Cholera in India, 1862 to 1881
Year: 1862
Disease focus: Cholera
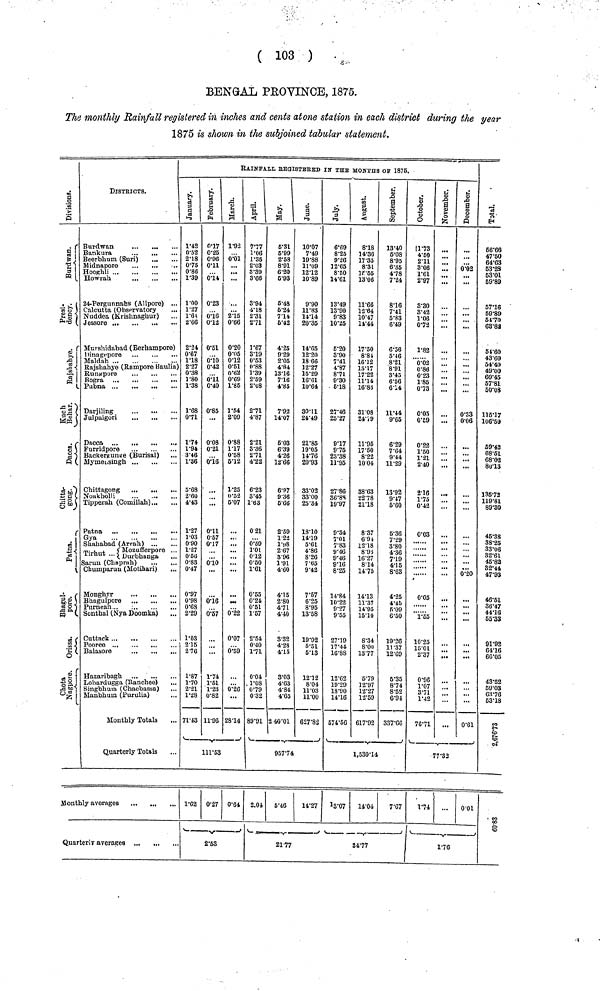
( 103 )
BENGAL PROVINCE, 1875.
The monthly Rainfall registered in inches and cents atone station in each district during the year
1875 is shown in the subjoined tabular statement.
Division.
Burdwan.
Presl. dency.
Rajslmbye.
Kuch Behar.
Dacca.
Chitta. gong.
Patna.
Bhagul. pore.
Orissa.
Chota Nagpore.
DISTRICTS.
Burdwan
Bankura
Beerbhum (Suri)
Midnapore
Hooghli
Howrah
24-Pergunnahs (Alipore) ...
Calcutta (Observatory
Nuddea (Krishnaghur)
Mnrshidabad (Berhampore)
Dinagepore ...
..
Maldah
Rajshahye (Rampore Baulia)
Rungnore
...
...
...
Pubna
Darjiling
Julpaigori
Dacca
Furridpore
Backergunge (Burisal)
Mymeiisingh
Chittagong
Noakholli
Tipperah (Comillah)
Gya
Shahabad (Arrah)
Tirhut
Moznfferpore
Durbhanga
...
Sarun (Chaprah)
Chumparuu (Motihari)
Monghyr
Bhagulpore ...
...
...
Purneah
Sonthal (Nya Doomka)
Cuttack
Pooree ...
Balasore
...
...
...
Hazaribagh
Lohardugga (Ranchee)
Singbhum (Chaebassa)
Manbhum (Purulia)
Monthly Totals
Quarterly Totals
Monthly averages
Quarterly averages ...
January.
1·42
0·52
2·18
0·75
0·86
1·39
1·00
1·27
1·66
2·66
2·24
0·67
1·18
2·27
0·38
1·80
1·38
1·68
0·71
1·74
1·94
3·46
1·86
5·68
2·60
4·43
1·27
1·03
0·90
1·27
0·56
0·83
0·47
0·97
0·98
0·68
2·29
1·03
2·15
1·87
1·70
2·21
1·28
71·43
February.
0·17
0·25
0·96
0·11
0·14
0·23
0·16
0·12
0·51
0·10
0·42
0·11
0·40
0·85
0·08
0·21
0·16
0·11
0·57
0·17
0·10
0·16
0·57
1·74
1·51
1·23
0·82
11·96
RAINFALL BEGISTERED IN IHE MONTHS OF 1876.
March.
1·92
0·01
2·15
0·66
0·20
0·05
0·12
0·51
0·62
0·69
1·85
1·54
2·09
0·88
1·17
0·58
6·12
1·25
0·52
5·07
0·22
0·07
0·59
0·26
28·14
111·53
1·62 0·27 0·64
2·53
April.
7·77
1·06
1·35
2·03
3·39
3·66
3·94
4·18
2·31
2·71
1·67
3·19
0·53
0·88
1·39
2·59
2·08
2·71
4·87
2·21
3·36
2·71
4·22
6·23
3·45
1·63
0 21
0·59
1·01
0 12
0·50
1·61
0·55
0·24
0·51
1·57
2·54
0·40
1·71
0·04
1·08
0·79
0·32
89·91
May.
5·31
5·99
2·58
8·91
6·20
5·93
5·48
5·24
7·14
6·42
4·25
9·29
2·05
4·84
13·16
7·16
4·85
7·92
14·07
5·03
6·39
4·26
12·66
6·97
9·36
5·66
2·59
1 22
1·98
2·67
3·96
1·91
4·60
4·15
2·80
4·71
4·40
3·32
4·28
4·15
3·03
4·63
4·84
4·65
2 40·01
June.
10·07
7·49
19·88
11·09
12·12
10·89
9·90
11·83
14·14
20·35
14·65
12·20
18·66
12·27
15·29
16·61
10·64
30·11
24·49
21·85
19·05
14·76
20·93
83·03
33·00
25·34
18·10
14·19
5·61
4·86
8·26
7·65
9·42
7·57
6·25
8·95
13·58
19·92
5·51
5·13
12·12
8·04
11·03
11·00
627·82
957·74
2.04
5·46
14·27
2177
July.
6·69
8·25
9·26
12·65
8·50
14·61
13·49
13·90
9·83
10·25
5·20
3·90
7·41
4·87
8·71
9·30
5·18
27·46
25·27
9·17
9·75
23·38
11·95
27·86
36·88
19·97
9·34
7·01
7·83
9·46 9·46
9·16
8·25
14·84
10·22
10·22
9·55
27·19
17·44
16·88
12·62
19·29
18·90
14·16
574·56
August.
8·18
14·36
17·35
8·31
15·55
13·06
11·66
12·64
10·47
11·44
17·50
8·84
16·12
18·17
17·22
11·14
16·83
31·08
24·79
11·95
17·50
8·22
10 04
38·63
22·78
21·18
8·37
6·94
12·18
8·98 16·27
8·14
14·75
14·13
11·37 11·37
14·95
15·10
8·34
8·00
13·77
5·79
12·97
12·27
12·59
617·92
September.
13·40
5·08
8·95
6·35
4·78
7'24
8·16
7·41
5·83
6·49
6·56
5·46
8'21
8·91
3·45
6·56
6·14
11*44
9·65
6·29
7·64
9·44
11·29
13·92
9·47
5·60
5·36
7·29
3·80
4·36
7·19 7·19
4·15
8·63
4·25
4·45
4 40
5·09
6·50
19·26 19·26
11·37
12·69
5·35
8·74
8·52
6·94
337·60
1,530·14
13·07
14·04
7·67
34·77
October.
11·73
4·50
2·11
3·06
1·61
2·97
3·30
3·42
1·08
0·72
1·82
0·02 0·86
0'23
1'85
0·73
0·05
0·59
0·22
1·50
1·21
2·40
2·16
1·75
0·42
0·03
0·05
1·55
10·25
15·01
2·37
0·06
1·07
3·71
1·42
76·71
Novem December.
0·02
0·33
0·06
0·20
0·61
77·32
1·74
0·01
1·76
Total.
56·66
47·50
64·63
53·28
53·01
59·89
57·16
59·89
54·70
63·82
64·60
43·60
54·40
49·00
60·45
57·81
50·03
115·17
106·59
59·42
59·42 68·51
68·02
80·13
135·72
119·31
89·30
45·38
38·25
33·06
32·61
45·82
32·44
47·93
46·51
36·47
44·16
55·33
91·92
64·16
60·05
43·52
59·03
63·76
53·18
2,676,73
60 83